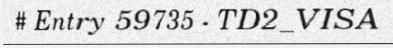
# Entry 59735 - TD2_VISA